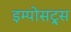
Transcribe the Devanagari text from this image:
इम्पोसट्र्स